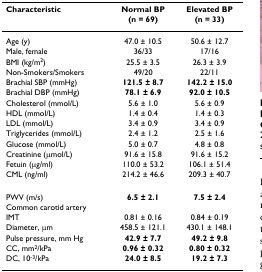
| Characteristic | Normal BP | Elevated BP |
 |  | (n = 69) | (n = 33) |
 | --- | --- | --- |
 | Age (y) | 47.0 ± 10.5 | 50.6 ± 12.7 |
 | Male, female | 36/33 | 17/16 |
 | BMI (kg/m2) | 25.5 ± 3.5 | 26.3 ± 3.9 |
 | Non-Smokers/Smokers | 49/20 | 22/11 |
 | Brachial SBP (mmHg) | 121.5 ± 8.7 | 142.2 ± 15.0 |
 | Brachial DBP (mmHg) | 78.1 ± 6.9 | 92.0 ± 10.5 |
 | Cholesterol (mmol/L) | 5.6 ± 1.0 | 5.6 ± 0.9 |
 | HDL (mmol/L) | 1.4 ± 0.4 | 1.4 ± 0.3 |
 | LDL (mmol/L) | 3.4 ± 0.9 | 3.4 ± 0.9 |
 | Triglycerides (mmol/L) | 2.4 ± 1.2 | 2.5 ± 1.6 |
 | Glucose (mmol/L) | 5.0 ± 0.7 | 4.8 ± 0.8 |
 | Creatinine (μmol/L) | 91.6 ± 15.8 | 91.6 ± 15.2 |
 | Fetuin (μg/ml) | 110.0 ± 53.2 | 106.1 ± 51.4 |
 | CML (ng/ml) | 214.2 ± 46.6 | 209.3 ± 40.7 |
 | PWV (m/s) | 6.5 ± 2.1 | 7.5 ± 2.4 |
 | Common carotid artery |  |  |
 | IMT | 0.81 ± 0.16 | 0.84 ± 0.19 |
 | Diameter, μm | 458.5 ± 121.1 | 430.1 ± 148.1 |
 | Pulse pressure, mm Hg | 42.9 ± 7.7 | 49.2 ± 9.8 |
 | CC, mm2/kPa | 0.96 ± 0.32 | 0.80 ± 0.32 |
 | DC, 10-3/kPa | 24.0 ± 8.5 | 19.2 ± 7.3 |